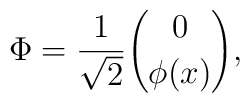
\Phi=\frac{1}{\sqrt{2}}{0 \choose \phi(x)},